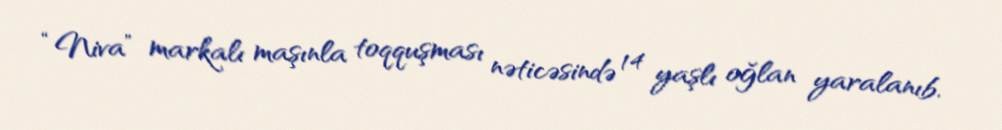
“Niva” markalı maşınla toqquşması nəticəsində 14 yaşlı oğlan yaralanıb.